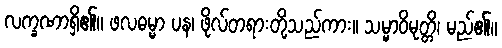
လက္ခဏာရှိ၏။ ဖလဓမ္မာ ပန၊ ဖိုလ်တရားတို့သည်ကား။ သမ္မာဝိမုတ္တိ၊ မည်၏။